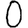
Digit: 0